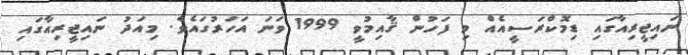
ނައިޖީރިއާގައި ޑިމޮކްރަސީއެއް މި ފަހުން ޤާއިމުވީ 1999 ވަނަ އަހަރުގައެވެ. މިއަދު ނައިޖީރިއާގައި